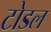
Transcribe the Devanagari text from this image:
टोडल